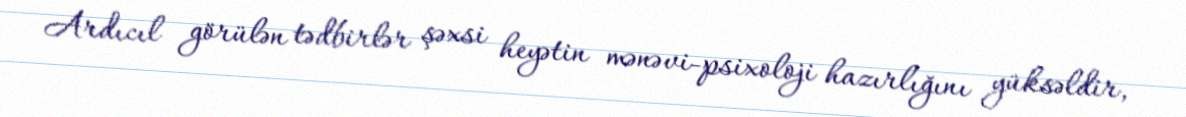
Ardıcıl görülən tədbirlər şəxsi heyətin mənəvi-psixoloji hazırlığını yüksəldir,